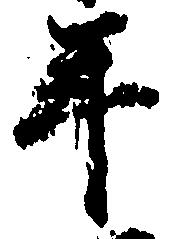
年